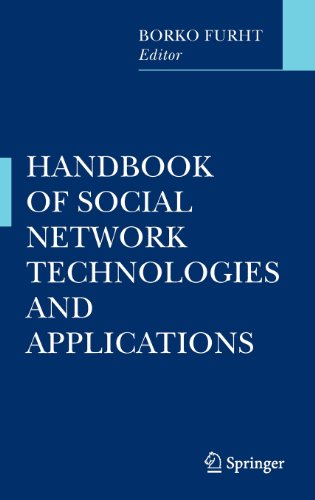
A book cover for Handbook of Social Network Technologies and Applications; Computers & Technology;